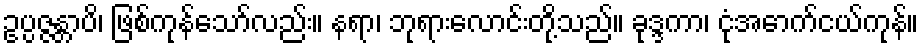
ဥပ္ပဇ္ဇန္တာပိ၊ ဖြစ်ကုန်သော်လည်း။ နရာ၊ ဘုရားလောင်းတို့သည်။ ခုဒ္ဒကာ၊ ငုံအောက်ငယ်ကုန်။